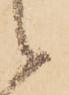
候